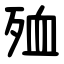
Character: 殈